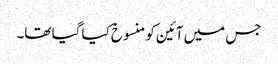
جس میں آئین کو منسوخ کیا گیا تھا۔